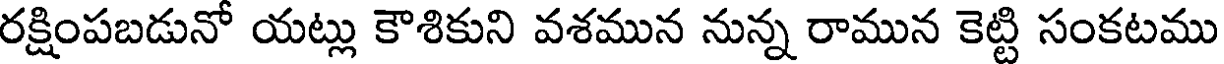
రక్షింపబడునో యట్లు కౌశికుని వశమున నున్న రామున కెట్టి సంకటము